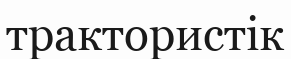
трактористік